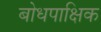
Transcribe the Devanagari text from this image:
बोधपाक्षिक